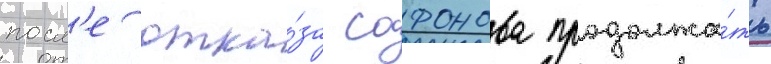
посл'е отка́за сафонова продолжа́ть